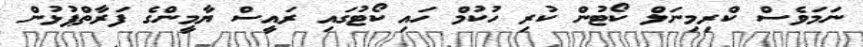
ނަމަވެސް ކްރިމިނަލް ކޯޓުން ކުރި ހުކުމް ހައި ކޯޓުގައި ރައީސް ޔާމީންގެ ފަރާތްޕުޅުން